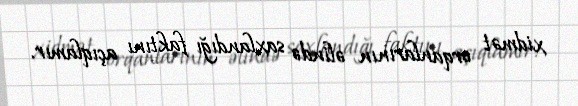
xidmət orqanlarının əlində saxlandığı faktını açıqlamır.